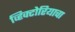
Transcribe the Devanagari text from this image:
व्हिक्टोरियाचा